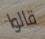
قالوا